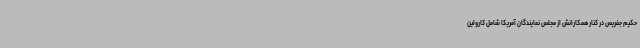
حکیم جفریس در کنار همکارانش از مجلس نمایندگان آمریکا شامل کارولین